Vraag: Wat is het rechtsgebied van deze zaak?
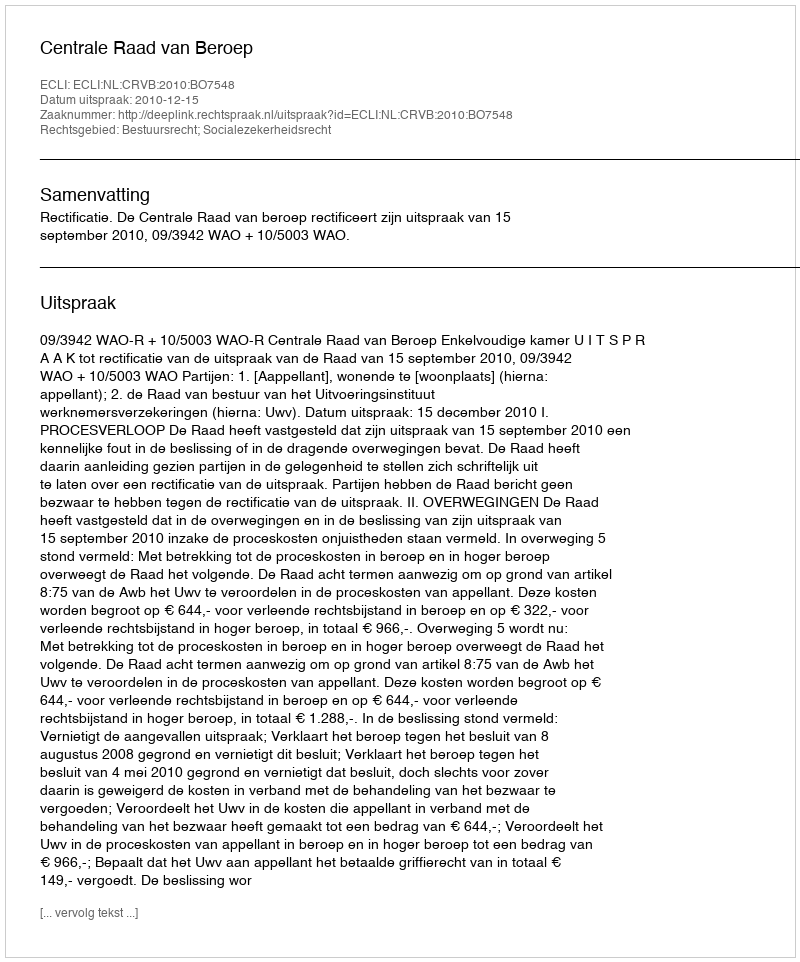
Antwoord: Bestuursrecht; Socialezekerheidsrecht